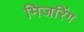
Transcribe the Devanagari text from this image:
मिजरिंग